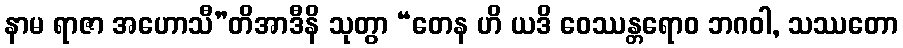
နာမ ရာဇာ အဟောသီ”တိအာဒီနိ သုတွာ “တေန ဟိ ယဒိ ဝေဿန္တရောဝ ဘဂဝါ, သဿတော